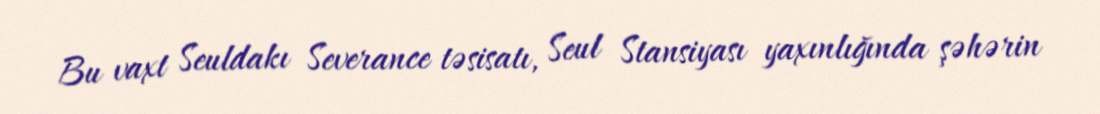
Bu vaxt Seuldakı Severance təsisatı, Seul Stansiyası yaxınlığında şəhərin